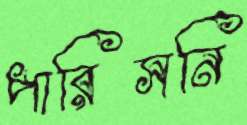
পারিসনি